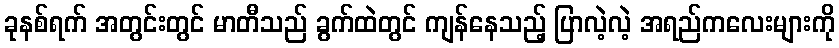
ခုနစ်ရက် အတွင်းတွင် မာတီသည် ခွက်ထဲတွင် ကျန်နေသည့် ပြာလဲ့လဲ့ အရည်ကလေးများကို